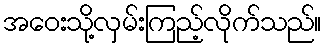
အဝေးသို့လှမ်းကြည့်လိုက်သည်။